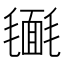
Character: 𣰔